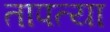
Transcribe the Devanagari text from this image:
तापत्या